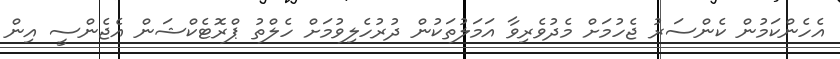
އެހެންކަމުން ކެންސަރު ޖެހުމަށް މެދުވެރިވާ އަމަލުތަކުން ދުރުހެލިވުމަށް ހެލްތު ޕްރޮޓެކްޝަން އެޖެންސީ އިން